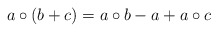
\begin{align*}a\circ (b+c)=a\circ b-a+a\circ c\end{align*}